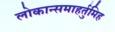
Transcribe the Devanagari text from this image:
लोकान्समाहर्तुमिह